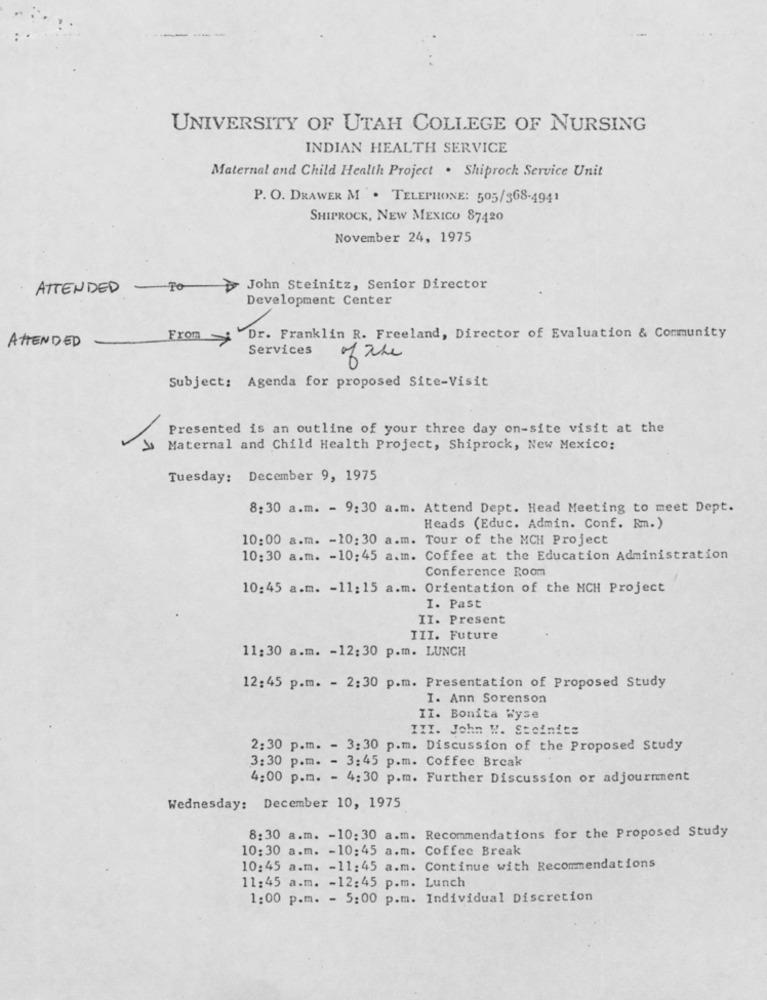
UNIVERSITY OF UTAH COLLEGE OF NURSING
INDIAN HEALTH SERVICE
Maternal and Child Health Project . Shiprock Service Unit
P. O. DRAWER M . TELEPHONE: 505/568-4941
SHIPROCK, NEW MEXICO 87420
November 24, 1975
ATTENDED - TO
John Steinitz, Senior Director
Development Center
ATTENDED
From
Dr. Franklin R. Freeland, Director of Evaluation & Community
Services
of the
Subject: Agenda for proposed Site-Visit
Presented is an outline of your three day on-site visit at the
Maternal and Child Health Project, Shiprock, New Mexico:
Tuesday: December 9, 1975
8:30 a.m. - 9:30 a.m. Attend Dept. Head Meeting to meet Dept.
Heads (Educ. Admin. Conf. Rm.)
10:00 a.m. - 10:30 a.m. Tour of the MCH Project
10:30 a.m. - 10:45 a.m. Coffee at the Education Administration
Conference Room
10:45 a.m. - 11:15 a.m. Orientation of the MCH Project
I. Past
II. Present
III. Future
11:30 a.m. - 12:30 p.m. LUNCH
12:45 p.m. - 2:30 p.m. Presentation of Proposed Study
I. Ann Sorenson
II. Bonita Wyse
III. John W. Steinitz
2:30 p.m. - 3:30 p.m. Discussion of the Proposed Study
3:30 p.m. - 3:45 p.m. Coffee Break
4:00 p.m. - 4:30 p.m. Further Discussion or adjournent
Wednesday: December 10, 1975
8:30 a.m. - 10:30 a.m. Recommendations for the Proposed Study
10:30 a.m. - 10:45 a.m. Coffee Break
10:45 a.m. - 11:45 a.m. Continue with Recommendations
11:45 a.m. - 12:45 p.m. Lunch
1:00 p.m. - 5:00 p.m. Individual Discretion